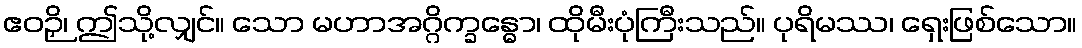
ဧဝဉှိ၊ ဤသို့လျှင်။ သော မဟာအဂ္ဂိက္ခန္ဓော၊ ထိုမီးပုံကြီးသည်။ ပုရိမဿ၊ ရှေးဖြစ်သော။